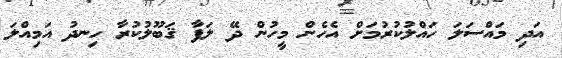
އަދި މައްސަލަ ހައްލުކުރުމަށް އެހެން މީހުން ދޭ ލަފާ ޤަބޫލުކުރާ ހިނދު އަމިއްލަ